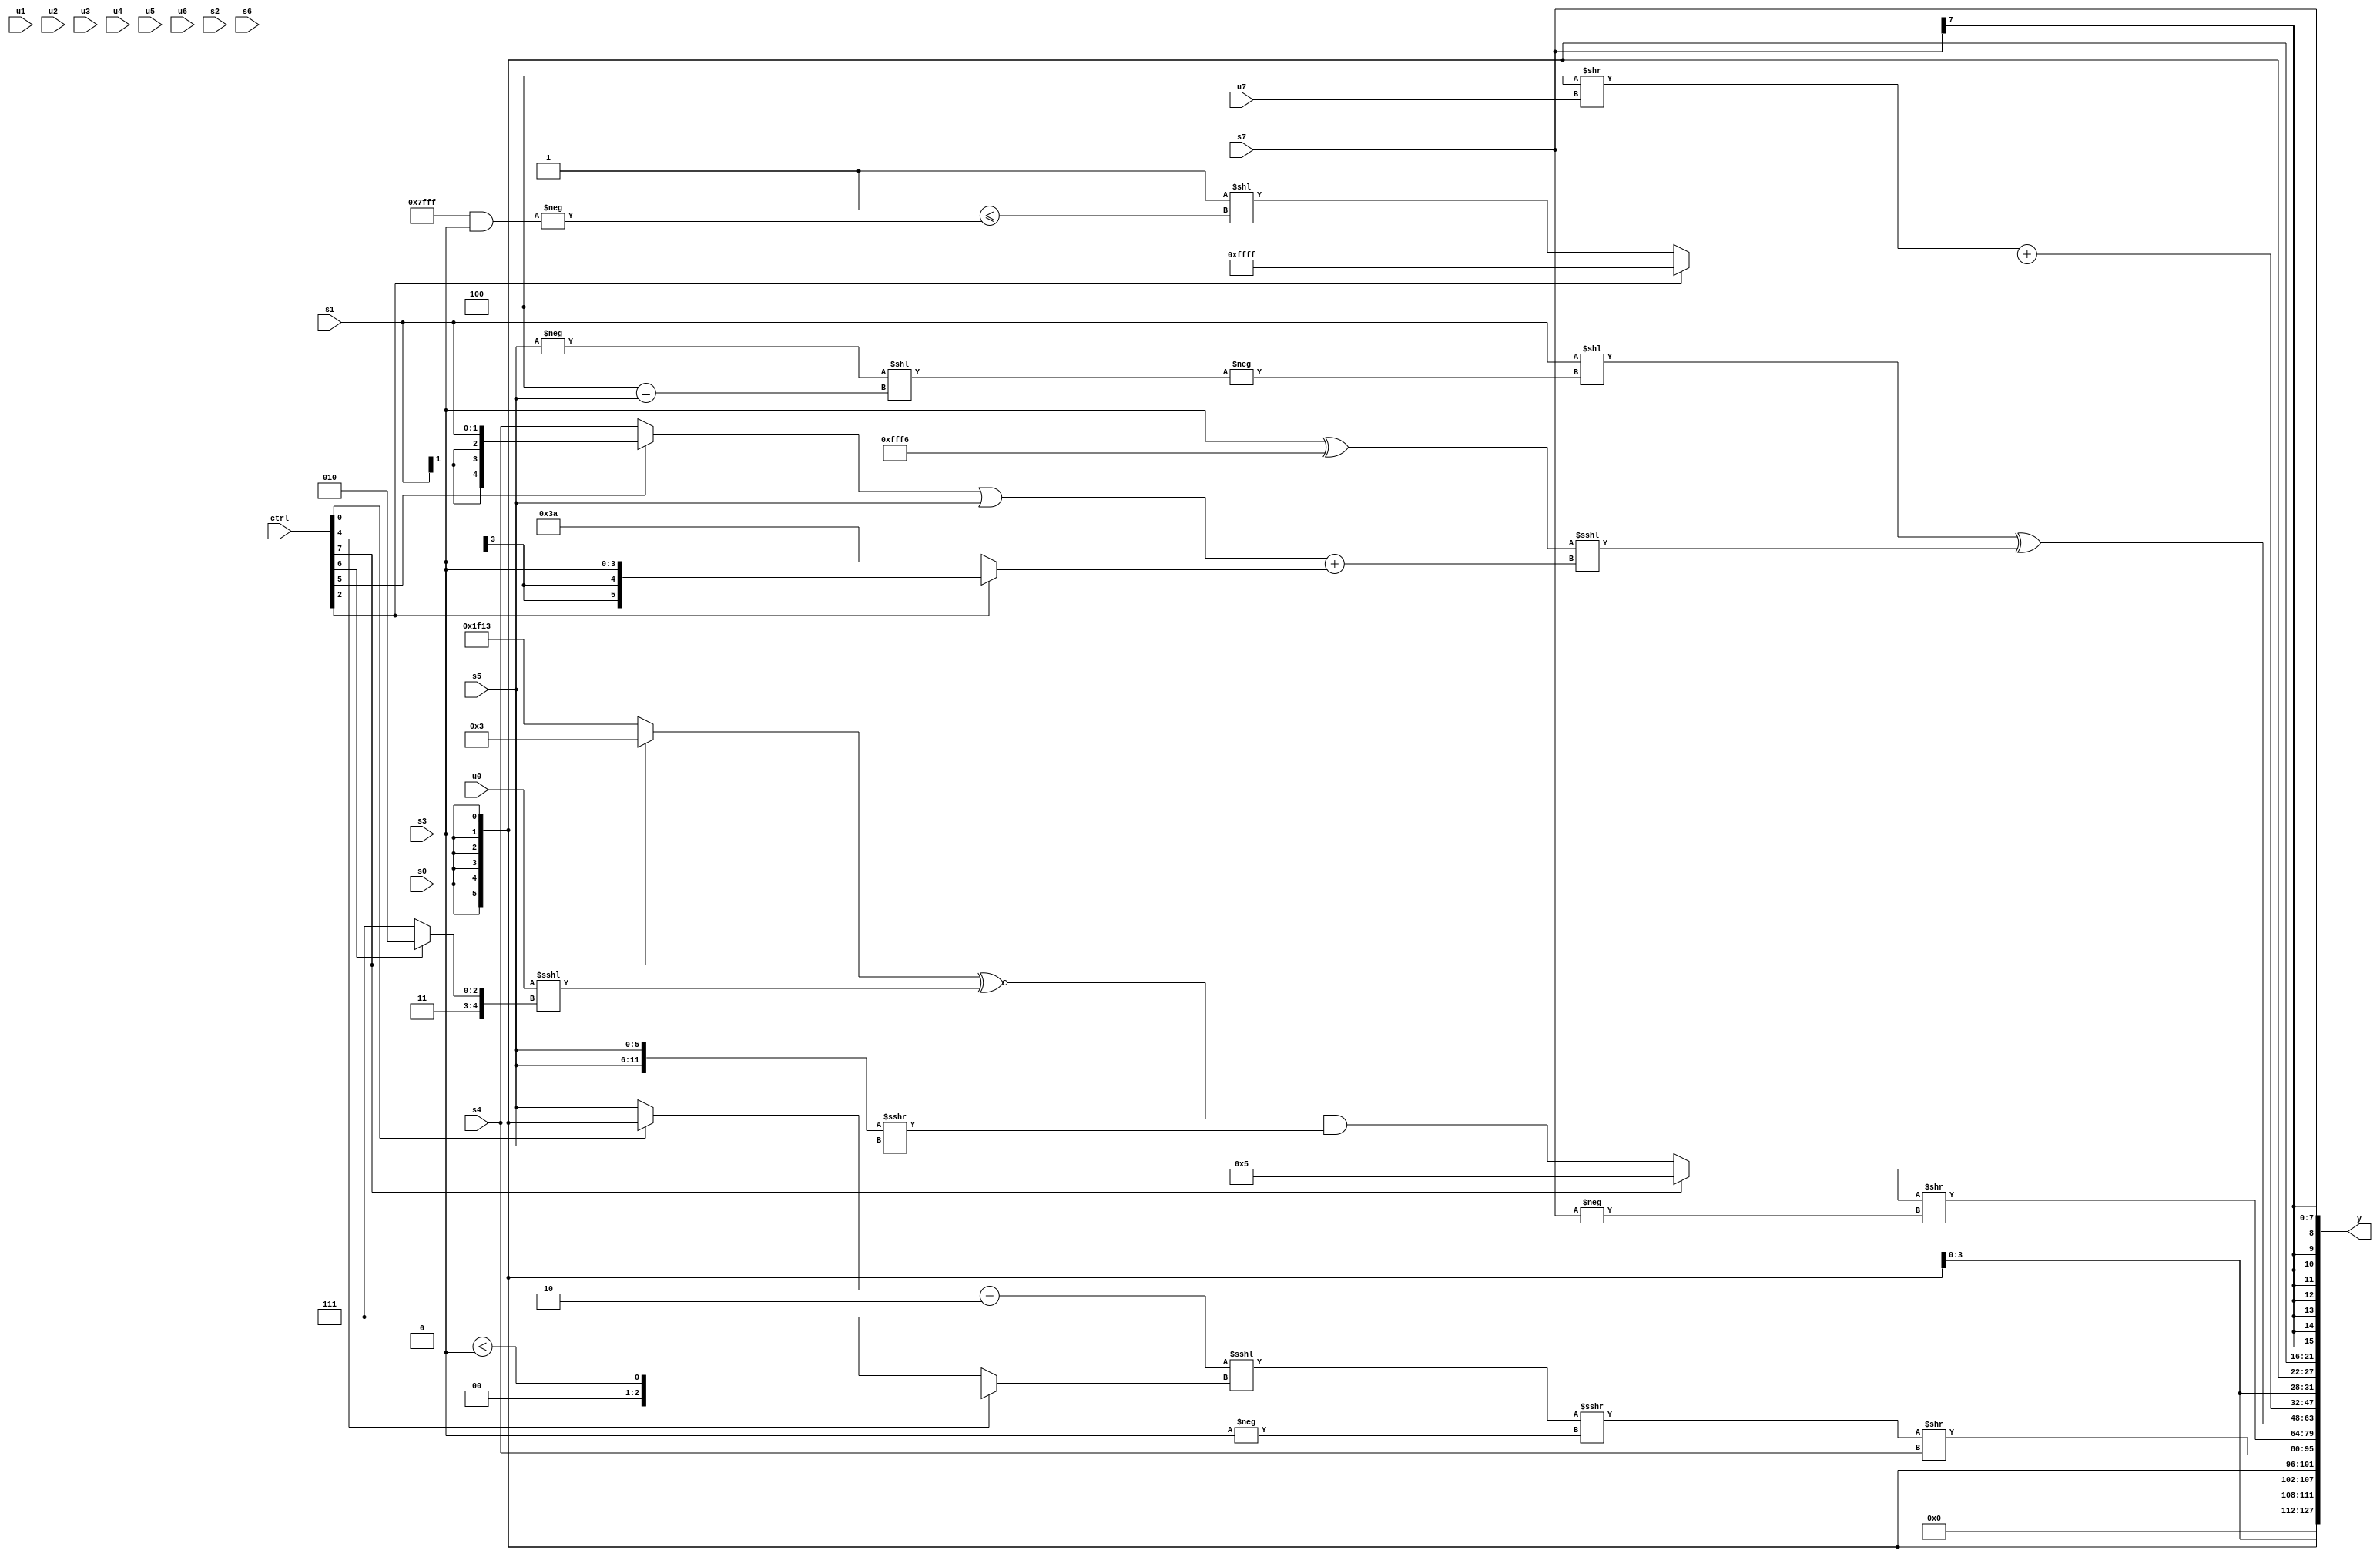
module wideexpr_00935(ctrl, u0, u1, u2, u3, u4, u5, u6, u7, s0, s1, s2, s3, s4, s5, s6, s7, y);
  input [7:0] ctrl;
  input [0:0] u0;
  input [1:0] u1;
  input [2:0] u2;
  input [3:0] u3;
  input [4:0] u4;
  input [5:0] u5;
  input [6:0] u6;
  input [7:0] u7;
  input signed [0:0] s0;
  input signed [1:0] s1;
  input signed [2:0] s2;
  input signed [3:0] s3;
  input signed [4:0] s4;
  input signed [5:0] s5;
  input signed [6:0] s6;
  input signed [7:0] s7;
  output [127:0] y;
  wire [15:0] y0;
  wire [15:0] y1;
  wire [15:0] y2;
  wire [15:0] y3;
  wire [15:0] y4;
  wire [15:0] y5;
  wire [15:0] y6;
  wire [15:0] y7;
  assign y = {y0,y1,y2,y3,y4,y5,y6,y7};
  assign y0 = ~|(5'sb01011);
  assign y1 = $signed($signed(s0));
  assign y2 = +((+(((((ctrl[0]?s0:s5))-($signed(2'b10)))<<<((ctrl[4]?(2'b00)<(s3):(3'sb110)+(2'b01))))>>>(-(s3))))>>($signed(s4)));
  assign y3 = ((ctrl[7]?6'sb000101:(((ctrl[7]?5'sb00011:{4'sb1111,3'sb100,6'sb010011}))^~((u0)<<<((ctrl[6]?5'sb11010:4'sb1111))))&(($unsigned({2{s5}}))>>>($signed(s5)))))>>(-(+(s7)));
  assign y4 = ((s1)<<(-((-(s5))<<((3'sb100)==(s5)))))^(((s3)^((-(4'b1000))-(4'sb0010)))<<<((((ctrl[5]?s1:s4))|(s5))+((ctrl[2]?$signed(s3):$signed(4'sb1010)))));
  assign y5 = ((4'sb1100)>>(u7))+((ctrl[2]?1'sb1:(1'sb1)<<((4'sb1111)<=(-($signed((+({3{5'sb11111}}))&(s3)))))));
  assign y6 = s0;
  assign y7 = +(s7);
endmodule